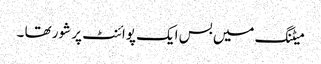
میٹنگ میں بس ایک پوائنٹ پر شور تھا ۔